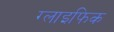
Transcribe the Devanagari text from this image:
ग्लाइफिक